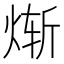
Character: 𬊗